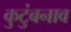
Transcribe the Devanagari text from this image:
कुटुंबनाव